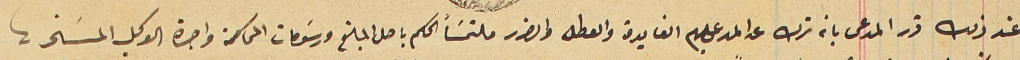
وعند ذلك قرر المدعى بانه ترك عن المدعى عليهم الفايدة والعطل والضرر ملتمسَاً الحكم باصل المبلغ ورسَومات المحاكمة واجرة الوكيل المسَخر.